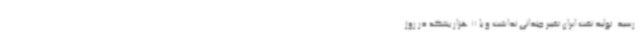
رسید. تولید نفت ایران تغییر چندانی نداشت و با 11 هزار بشکه در روز